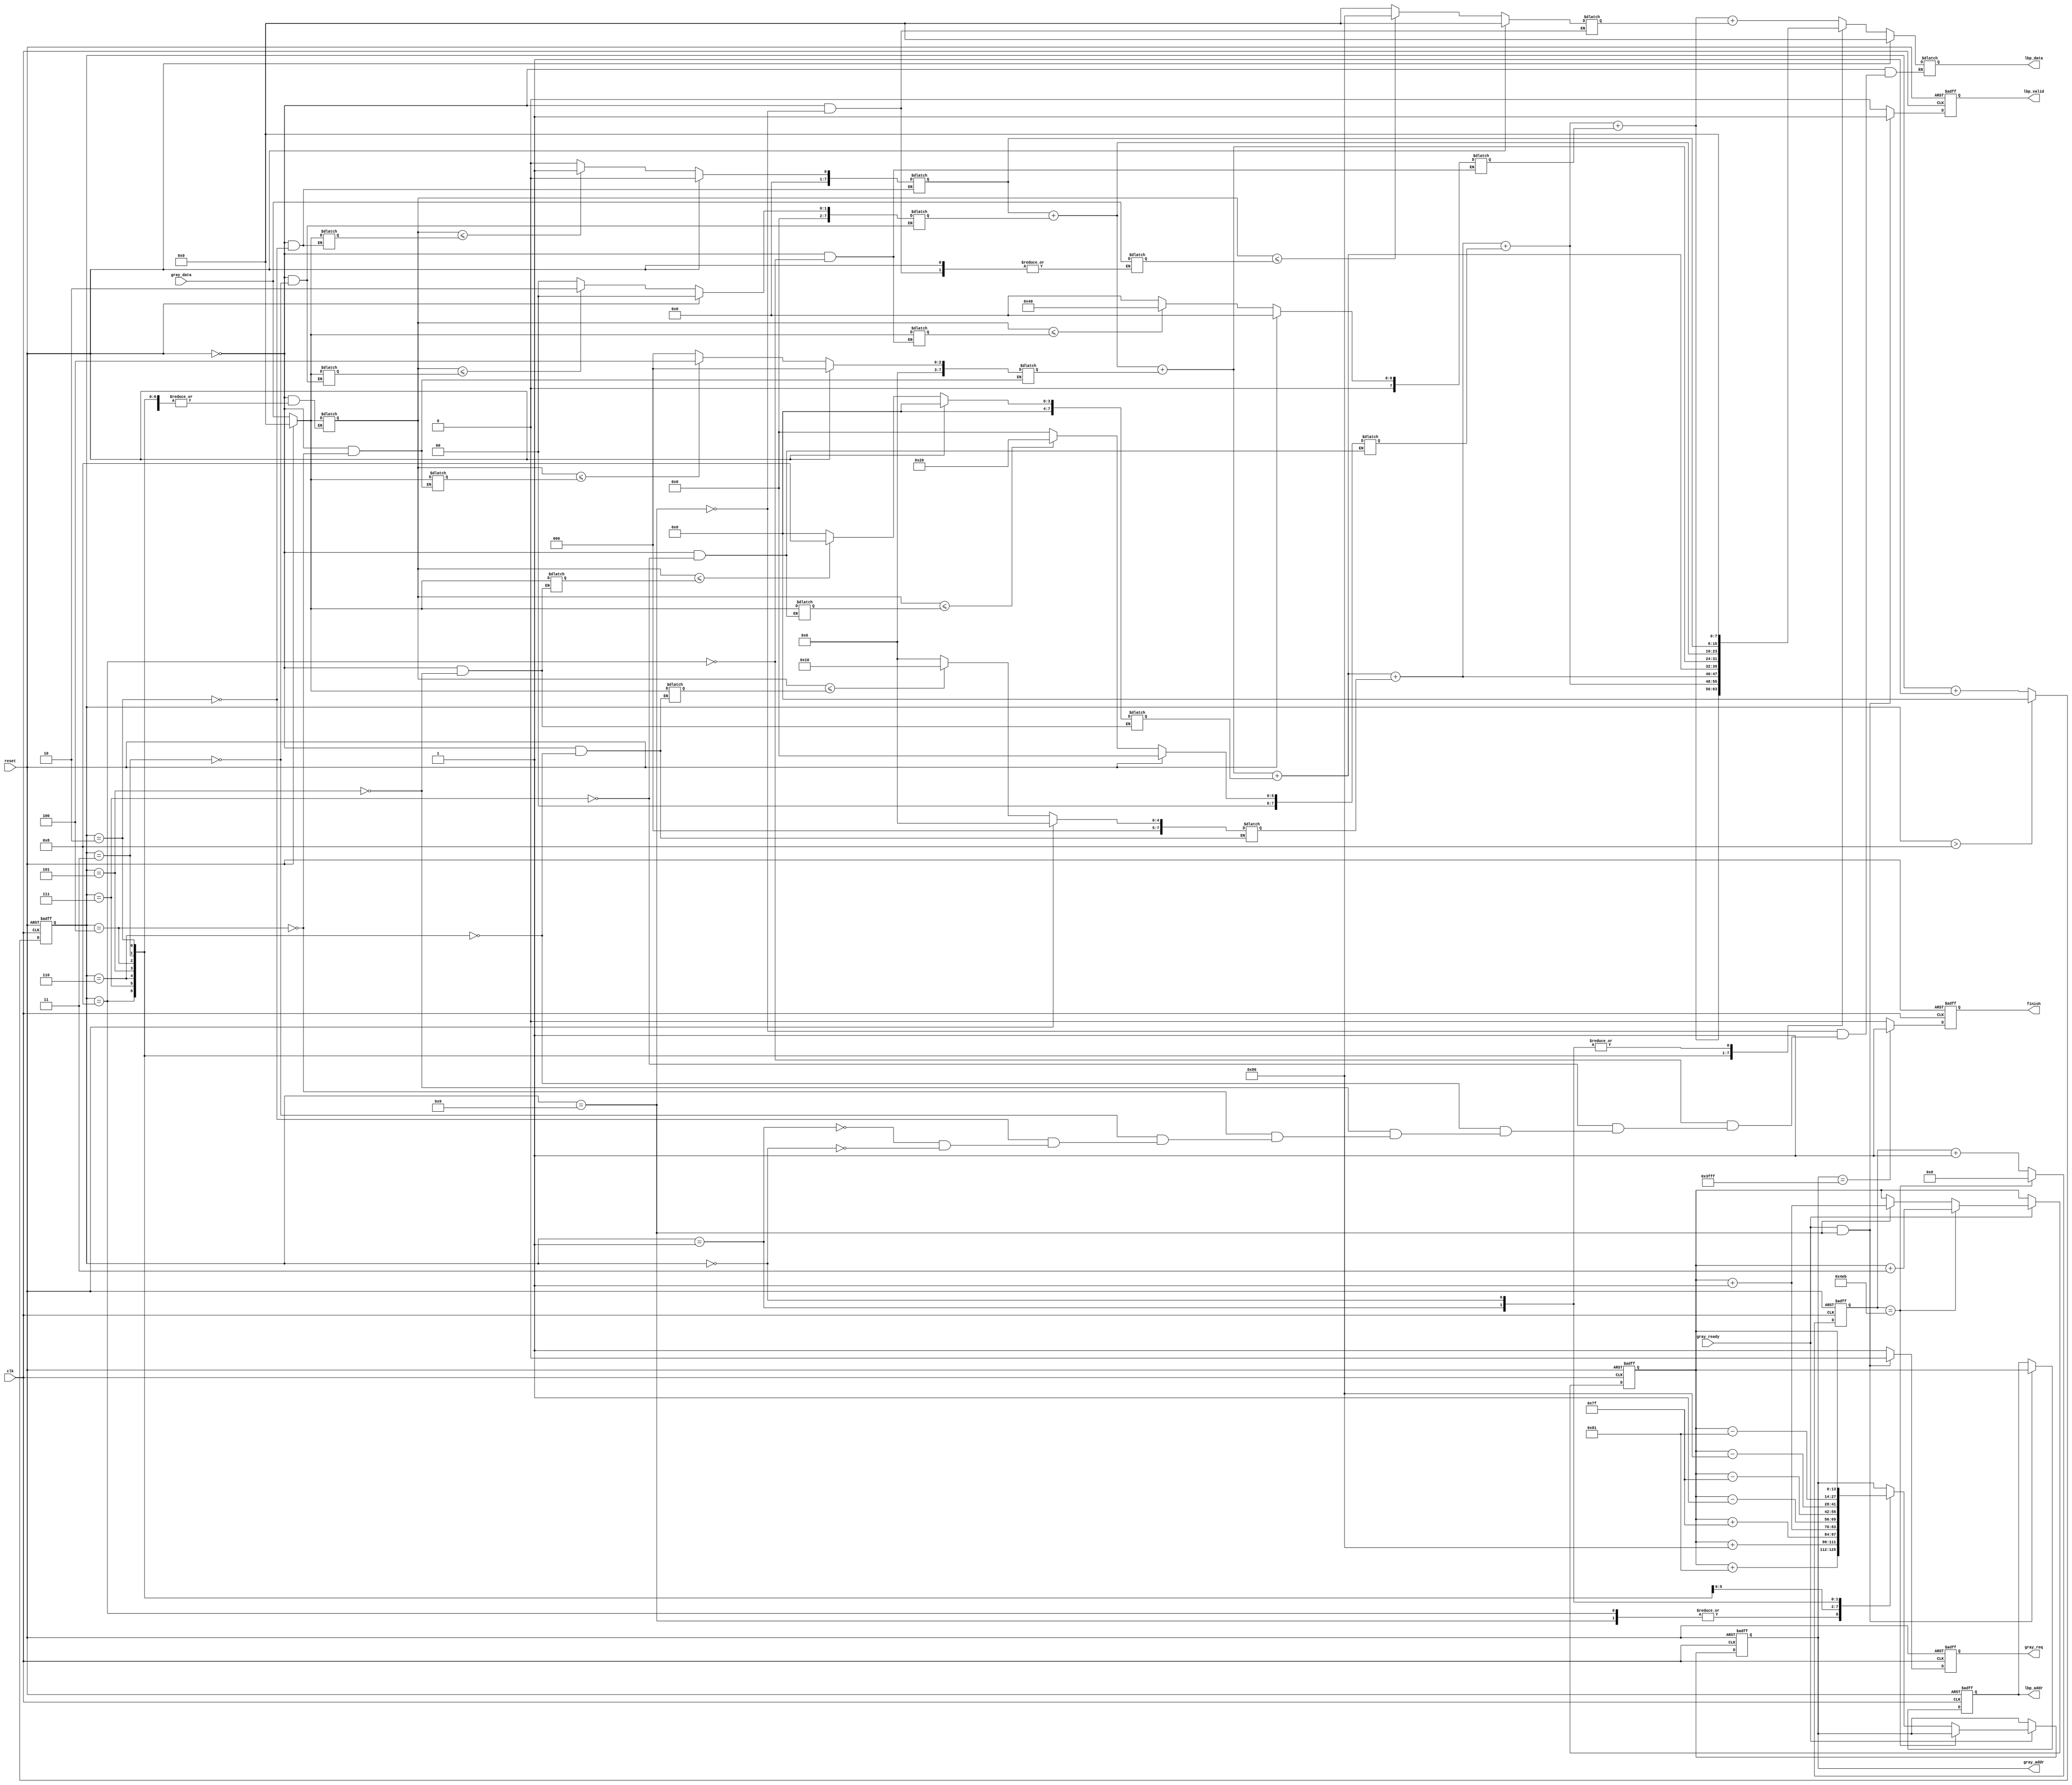
`timescale 1ns/10ps
module LBP ( clk, reset, gray_addr, gray_req, gray_ready, gray_data, lbp_addr, lbp_valid, lbp_data, finish);
input               clk;
input               reset;
input               gray_ready;
input      [7:0]    gray_data;
output reg [13:0]   gray_addr;
output reg          gray_req;
output reg [13:0]   lbp_addr;
output reg          lbp_valid;
output reg [7:0]    lbp_data; 
output reg          finish;
//====================================================================

reg[3:0] counter ;
reg[10:0] edge_counter ;
reg[13:0] gray_0 ; // gray_addr
reg[7:0] gray_data0, gray_data1, gray_data2, gray_data3, gray_data4, gray_data5, gray_data6, gray_data7, gray_data8 ; // gray_data ;
reg[7:0] LBP_0, LBP_1, LBP_2, LBP_3, LBP_4, LBP_5, LBP_6, LBP_7 ; // LBP

always @(posedge clk or posedge reset) // 9
begin
    if (reset)
    begin
        counter <= 4'd0 ;
    end 
    else if (counter > 4'd8)
    begin
        counter <= 4'd0 ;
    end
    else
    begin
        counter <= counter + 1'd1 ;
    end
end

always @(posedge clk or posedge reset) // 
begin
    if (reset)
    begin
        edge_counter <= 11'd0 ;
    end
    else if (edge_counter == 11'd1259)
    begin
        edge_counter <= 11'd0 ;
    end
    else
    begin
        edge_counter <= edge_counter + 1'd1 ;
    end
end


always @(posedge clk or posedge reset) // gray_req 
begin
    if (reset)
    begin
        gray_req <= 1'd0 ; 
    end 
    else begin
        gray_req <= (gray_ready == 1'd1 && counter == 4'd9)?1'd0 : 1'd1 ;
    end
end

always @(posedge clk or posedge reset) // gray_addr addr
begin
    if (reset) 
    begin
        gray_addr <= 14'd0 ;
        gray_0 <= 14'd129 ;
    end 
    else begin
        if (gray_ready == 1'd1)
        begin
            if (edge_counter == 11'd1259)
            begin
                gray_0 <= gray_0 + 2'd3 ;
            end
            else begin
                case (counter)
                    4'd9: begin
                         gray_addr <= gray_0 + 14'd129 ;
                         gray_0 <= gray_0 + 1'd1 ;
                    end
                    4'd8: gray_addr <= gray_0 + 14'd129 ;
                    4'd7: gray_addr <= gray_0 + 14'd128 ;
                    4'd6: gray_addr <= gray_0 + 14'd127 ;
                    4'd5: gray_addr <= gray_0 + 14'd1 ;
                    4'd4: gray_addr <= gray_0 - 14'd1 ;
                    4'd3: gray_addr <= gray_0 - 14'd127 ;
                    4'd2: gray_addr <= gray_0 - 14'd128 ;
                    4'd1: gray_addr <= gray_0 - 14'd129 ;
                    4'd0: gray_addr <= gray_0 ;
                    default: gray_addr <= gray_addr ; 
                endcase
            end
        end 
       else begin
          gray_addr <= gray_addr ;
       end
    end
end

always @(*) // gray_data
begin
    if (reset)
    begin
        {gray_data0, gray_data1, gray_data2, gray_data3, gray_data4, gray_data5, gray_data6, gray_data7} = 7'd0 ;
    end
    else begin
        case (counter)
           4'd9: gray_data8 <= gray_data ;
           4'd8: gray_data7 <= gray_data ;
           4'd7: gray_data6 <= gray_data ;
           4'd6: gray_data5 <= gray_data ;
           4'd5: gray_data4 <= gray_data ;
           4'd4: gray_data3 <= gray_data ;
           4'd3: gray_data2 <= gray_data ;
           4'd2: gray_data1 <= gray_data ;
           4'd1: gray_data0 <= gray_data ;
           default: gray_data0 <= gray_data ; 
        endcase
    end
end

always @(posedge clk or posedge reset) // lbp_addr 
begin
    if (reset)
    begin
        lbp_addr <= 14'd0 ;
    end
    else begin
        lbp_addr <= (gray_ready == 1'd1 && counter == 4'd9)? gray_0 : lbp_addr ;
    end
end

always @(*) // LBP
begin
    if (reset)
    begin
        {LBP_0, LBP_1, LBP_2, LBP_3, LBP_4, LBP_5, LBP_6, LBP_7} <= 8'd0 ;
    end 
    else begin
        case (counter)
           4'd9: LBP_7 <= (gray_data0 <= gray_data8)? 8'd1<<8'd7 : 8'd0 ;
           4'd8: LBP_6 <= (gray_data0 <= gray_data7)? 8'd1<<8'd6 : 8'd0 ;
           4'd7: LBP_5 <= (gray_data0 <= gray_data6)? 8'd1<<8'd5 : 8'd0 ;
           4'd6: LBP_4 <= (gray_data0 <= gray_data5)? 8'd1<<8'd4 : 8'd0 ;
           4'd5: LBP_3 <= (gray_data0 <= gray_data4)? 8'd1<<8'd3 : 8'd0 ;
           4'd4: LBP_2 <= (gray_data0 <= gray_data3)? 8'd1<<8'd2 : 8'd0 ;
           4'd3: LBP_1 <= (gray_data0 <= gray_data2)? 8'd1<<8'd1 : 8'd0 ;
           4'd2: LBP_0 <= (gray_data0 <= gray_data1)? 8'd1 : 8'd0 ; 
           default: LBP_0 <= LBP_0 ; 
        endcase
    end
end

always @(*) // lbp_data
begin
    if (reset)
    begin
        lbp_data <= 8'd0 ;
    end 
    else begin
       case (counter)
           4'd9: lbp_data <= LBP_0 + LBP_1 + LBP_2 + LBP_3 + LBP_4 + LBP_5 + LBP_6 + LBP_7 ; 
           4'd8: lbp_data <= LBP_0 + LBP_1 + LBP_2 + LBP_3 + LBP_4 + LBP_5 + LBP_6 ; 
           4'd7: lbp_data <= LBP_0 + LBP_1 + LBP_2 + LBP_3 + LBP_4 + LBP_5 ;
           4'd6: lbp_data <= LBP_0 + LBP_1 + LBP_2 + LBP_3 + LBP_4 ;
           4'd5: lbp_data <= LBP_0 + LBP_1 + LBP_2 + LBP_3 ;
           4'd4: lbp_data <= LBP_0 + LBP_1 + LBP_2 ;
           4'd3: lbp_data <= LBP_0 + LBP_1 ;
           4'd2: lbp_data <= LBP_0 ;
           4'd1: lbp_data <= 8'd0 ;
           4'd0: lbp_data <= 8'd0 ;
           default: lbp_data <= lbp_data ; 
       endcase
    end
end

always @(posedge clk or posedge reset) // lbp_valid 
begin
    if (reset)
    begin
        lbp_valid <= 1'd0 ; 
    end 
    else begin
        lbp_valid <= (gray_ready == 1'd1 && counter == 4'd9)? 1'd1 : 1'd0 ;
    end
end

always @(posedge clk or posedge reset) // finish 
begin
    if (reset)
    begin
        finish <= 1'd0 ;
    end 
    else begin
        if (gray_addr == 14'd16383)
        begin
            finish <= 1'd1 ;
        end
        else begin
            finish <= 1'd0 ;
        end
    end
end

endmodule